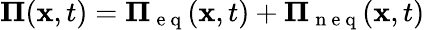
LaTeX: \mathbf{\Pi}(\mathbf{x},t)=\mathbf{\Pi}_{\mathrm{~e~q~}}(\mathbf{x},t)+\mathbf{\Pi}_{\mathrm{~n~e~q~}}(\mathbf{x},t)